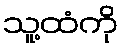
သူ့ထံကို